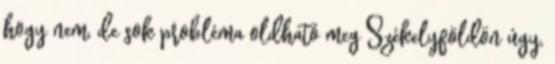
hogy nem, de sok probléma oldható meg Székelyföldön úgy,